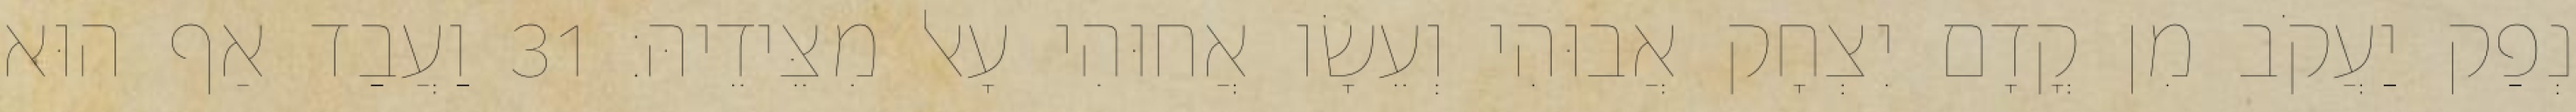
נְפַק יַעֲקֹב מִן קֳדָם יִצְחָק אֲבוּהִי וְעֵשָׂו אֲחוּהִי עָאל מִצֵּידֵיהּ׃ 31 וַעֲבַד אַף הוּא